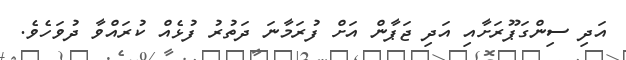
އަދި ސިންގަޕޫރަށާއި އަދި ޖަޕާން އަށް ފުރަމާނަ ދަތުރު ފުޅެއް ކުރައްވާ ދުވަހެވެ.